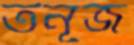
তনূজ